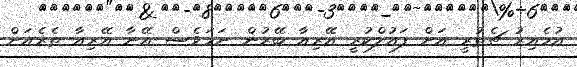
އުމެއިރު ޗެތުރީ އަށް ފައުލްކުރީ އޭރިއާ ބޭރުން ނަމަވެސް އޭނާ އޭރިއާ ތެރެއަށް